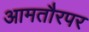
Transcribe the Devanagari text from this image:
आमतौरपर